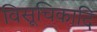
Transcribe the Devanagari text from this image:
विसूचिकादि